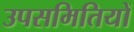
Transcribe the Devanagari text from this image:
उपसमितियों